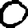
Digit: 0